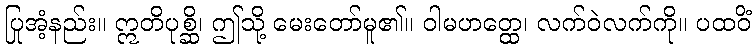
ပြုအံ့နည်း။ ဣတိပုစ္ဆိ၊ ဤသို့ မေးတော်မူ၏။ ဝါမဟတ္ထေ၊ လက်ဝဲလက်ကို။ ပထဝိံ